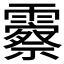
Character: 𬰓